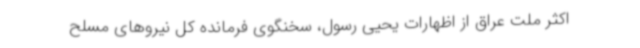
اکثر ملت عراق از اظهارات یحیی رسول، سخنگوی فرمانده کل نیروهای مسلح